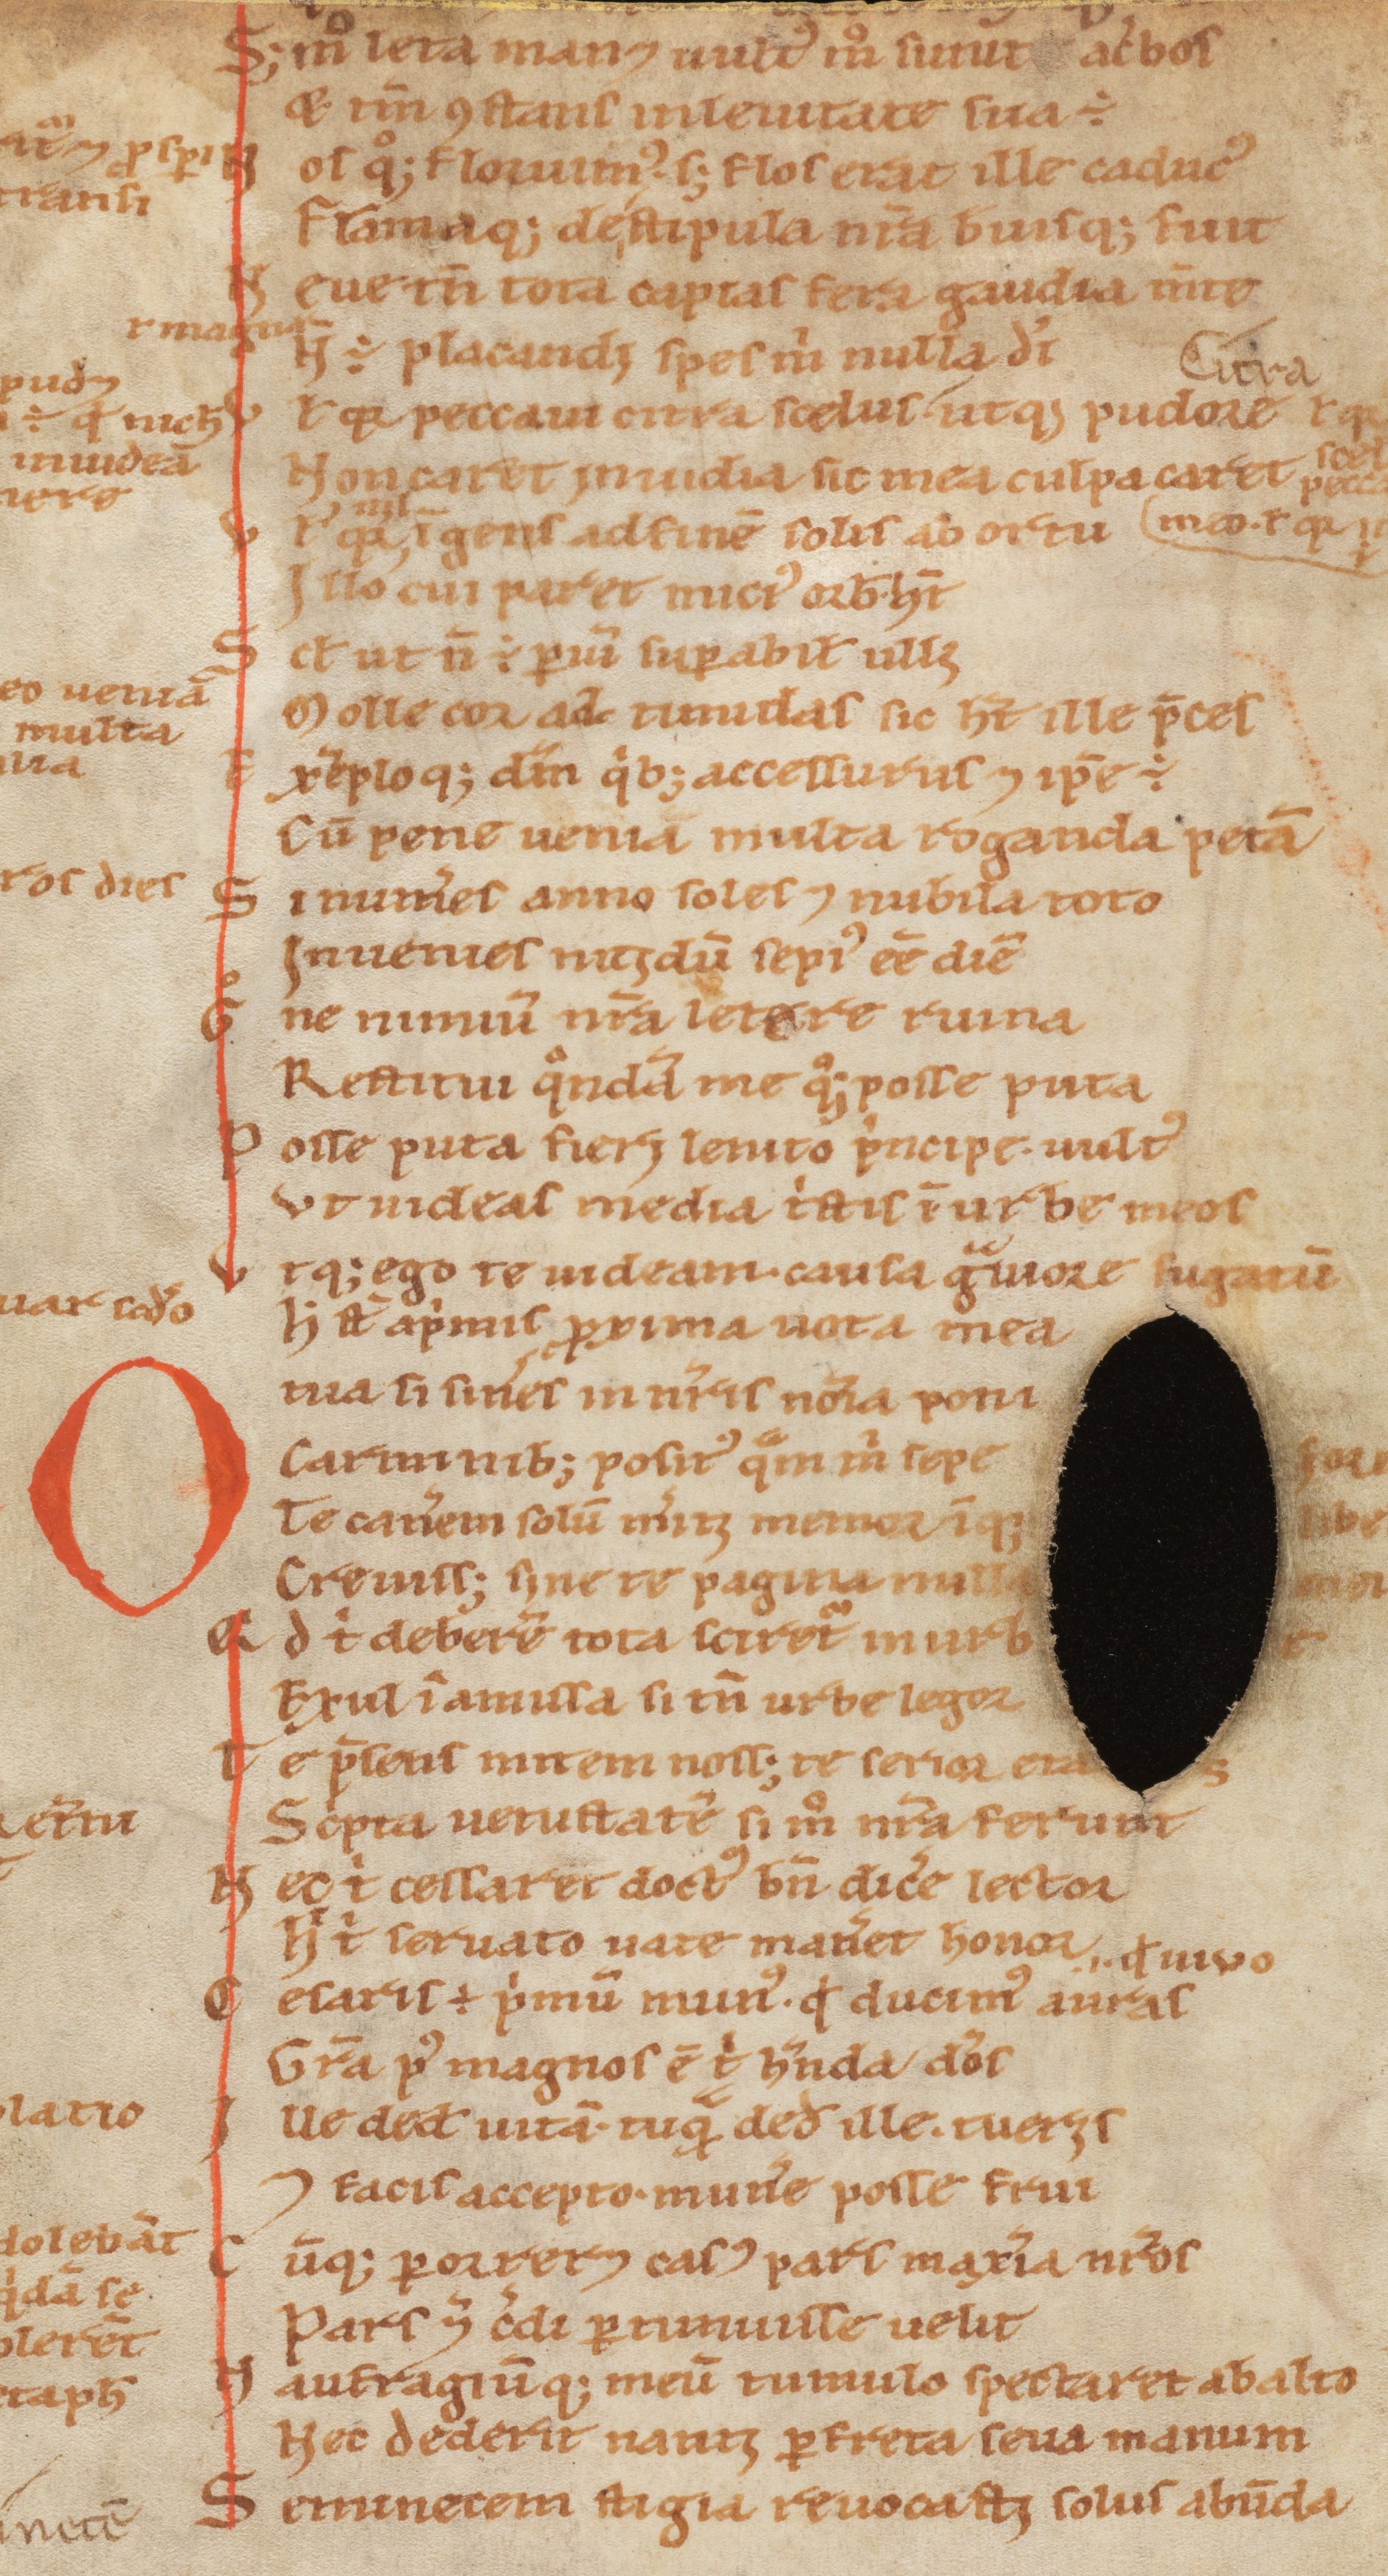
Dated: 1100–1199